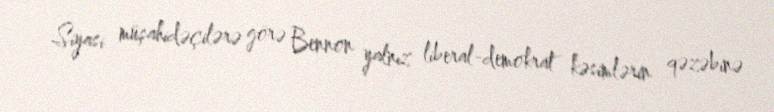
Siyasi müşahidəçilərə görə Bennon yalnız liberal-demokrat kəsimlərin qəzəbinə